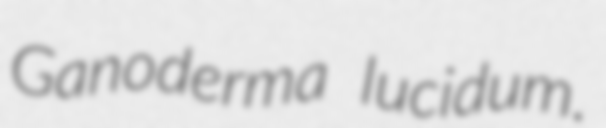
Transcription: Ganoderma lucidum.